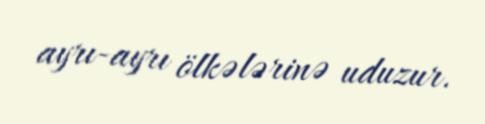
ayrı-ayrı ölkələrinə uduzur.